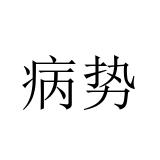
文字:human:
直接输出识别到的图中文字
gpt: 病势